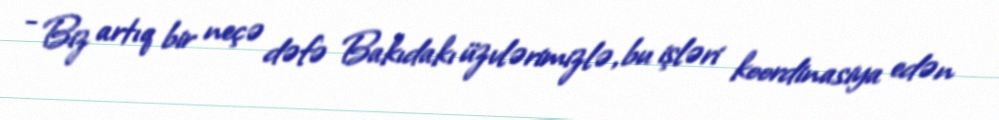
- Biz artıq bir neçə dəfə Bakıdakı üzvlərimizlə, bu işləri koordinasiya edən